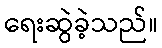
ရေးဆွဲခဲ့သည်။